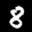
Label: 8